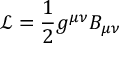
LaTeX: { \mathcal { L } } = { \frac { 1 } { 2 } } g ^ { \mu \nu } B _ { \mu \nu }